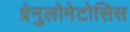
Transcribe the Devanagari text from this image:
ग्रेनुलोमेटोसिस